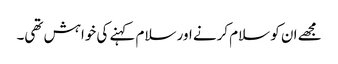
مجھے ان کو سلام کرنے اور سلام کہنے کی خواہش تھی۔